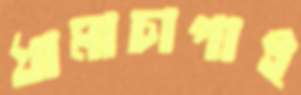
ধামাচাপাই